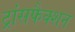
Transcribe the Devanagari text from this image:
ट्रांसफैक्शन